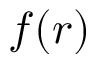
f ( r )